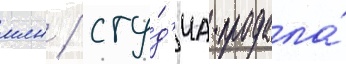
млн / сту́д'иа продала́